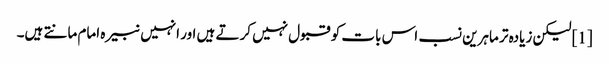
[1] لیکن زیادہ تر ماہرین نسب اس بات کو قبول نہیں کرتے ہیں اور انہیں نبیرہ امام مانتے ہیں۔